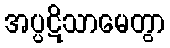
အပ္ပဋိသာမေတွာ